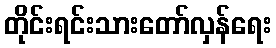
တိုင်းရင်းသားတော်လှန်ရေး